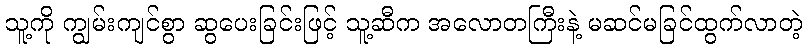
သူ့ကို ကျွမ်းကျင်စွာ ဆွပေးခြင်းဖြင့် သူ့ဆီက အလောတကြီးနဲ့ မဆင်မခြင်ထွက်လာတဲ့